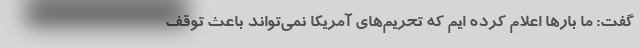
گفت: ما بار‌ها اعلام کرده ایم که تحریم‌های آمریکا نمی‌تواند باعث توقف